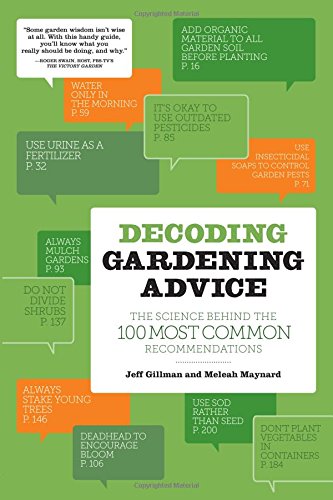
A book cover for Decoding Gardening Advice: The Science Behind the 100 Most Common Recommendations; Jeff Gillman; Crafts, Hobbies & Home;